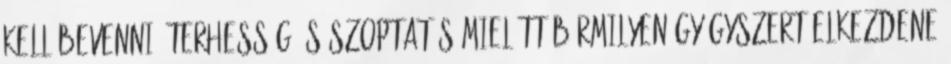
kell bevenni. Terhesség és szoptatás Mielőtt bármilyen gyógyszert elkezdene